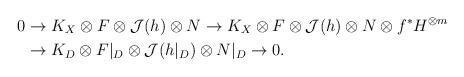
LaTeX: \begin{align*}0&\to K_X\otimes F\otimes \mathcal J(h)\otimes N\to K_X\otimes F\otimes \mathcal J(h) \otimes N\otimes f^*H^{\otimes m}\\& \to K_D\otimes F|_D\otimes \mathcal J(h|_D)\otimes N|_D\to 0. \end{align*}